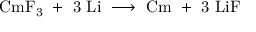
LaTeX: \mathrm { C m F _ { 3 } \ + \ 3 \ L i \ \longrightarrow \ C m \ + \ 3 \ L i F }